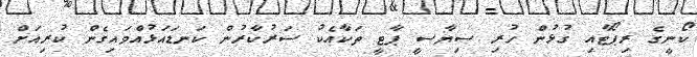
ކޯނީގެ ރިޕޯޓާއި ގުޅުން ހުރި ސިޔާސީ ޕާޓީ ތަކާއެކު ސަރުކާރުން ކަނޑައަޅުއްވައިގެން ކުރިއަށް